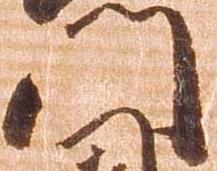
門